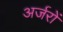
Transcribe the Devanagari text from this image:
अर्जरों